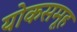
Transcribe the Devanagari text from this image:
योकसमूह